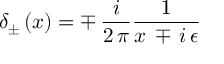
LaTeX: \delta _ { \pm } \, ( x ) = \mp \, { \frac { i } { 2 \, \pi } } { \frac { 1 } { x \, \mp \, i \, \epsilon } }